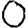
Digit: 0